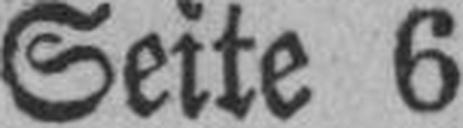
Seite 6